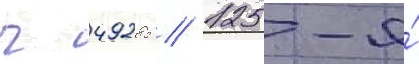
ч 49285 // 125-я́